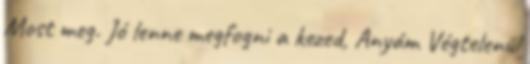
Most meg. Jó lenne megfogni a kezed, Anyám Végtelenül